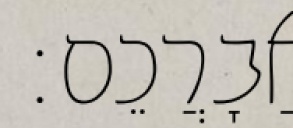
אֲבָרֲכֵם׃